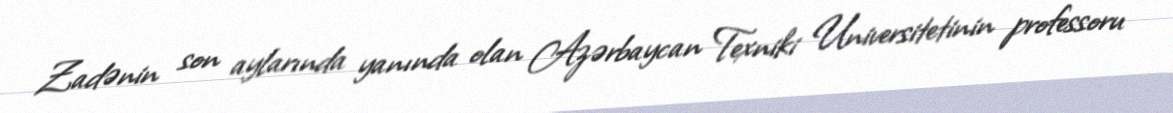
Zadənin son aylarında yanında olan Azərbaycan Texniki Universitetinin professoru